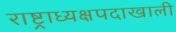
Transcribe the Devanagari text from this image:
राष्ट्राध्यक्षपदाखाली